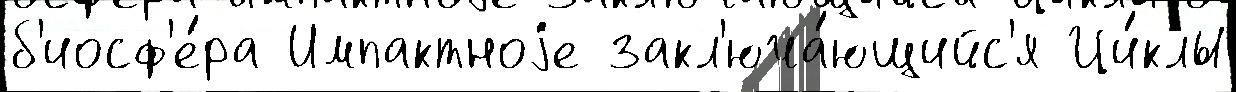
б'иосф'е́ра Импактноjе закл'юча́ющийс'я Ци́клы